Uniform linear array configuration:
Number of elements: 4
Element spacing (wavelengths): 0.75
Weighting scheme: kaiser
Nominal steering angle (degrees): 60
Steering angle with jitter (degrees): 60.052
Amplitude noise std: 0.05
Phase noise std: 0.05

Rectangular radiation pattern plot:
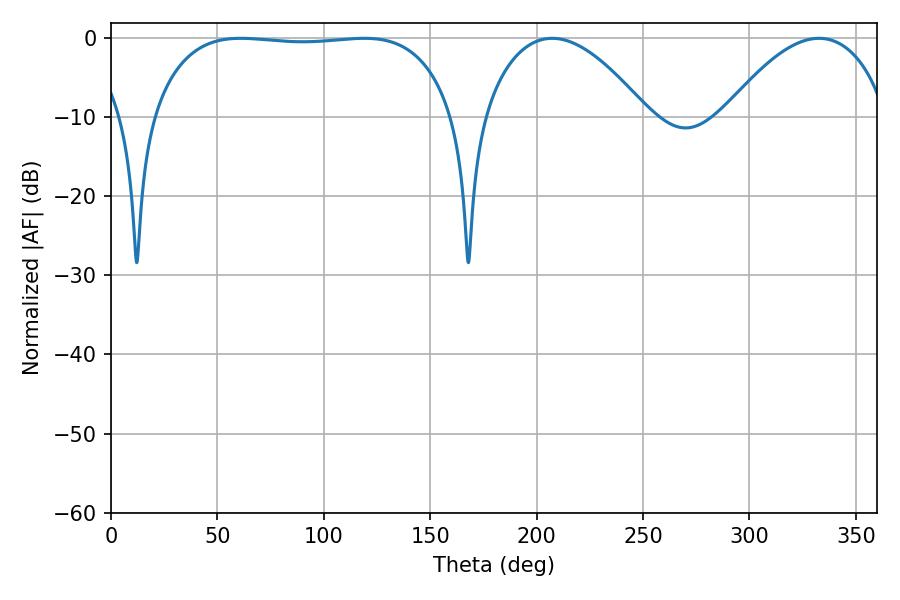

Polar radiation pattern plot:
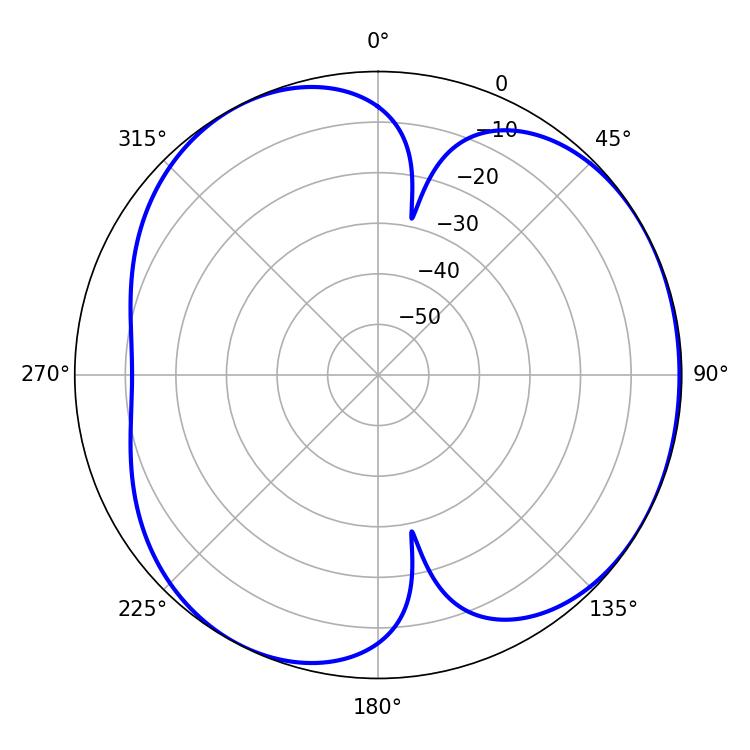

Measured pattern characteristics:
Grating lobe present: TRUE
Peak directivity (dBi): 4.238
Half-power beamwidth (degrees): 112.32
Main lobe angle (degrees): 61.02